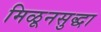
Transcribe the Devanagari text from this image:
मिळूनसुद्धा